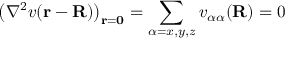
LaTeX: \left( \nabla ^ { 2 } v ( \mathbf { r } - \mathbf { R } ) \right) _ { \mathbf { r } = \mathbf { 0 } } = \sum _ { \alpha = x , y , z } v _ { \alpha \alpha } ( \mathbf { R } ) = 0